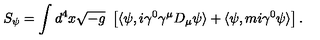
S _ { \psi } = \int d ^ { 4 } x \sqrt { - g } \ \left[ \langle \psi , i \gamma ^ { 0 } \gamma ^ { \mu } D _ { \mu } \psi \rangle + \langle \psi , m i \gamma ^ { 0 } \psi \rangle \right] .